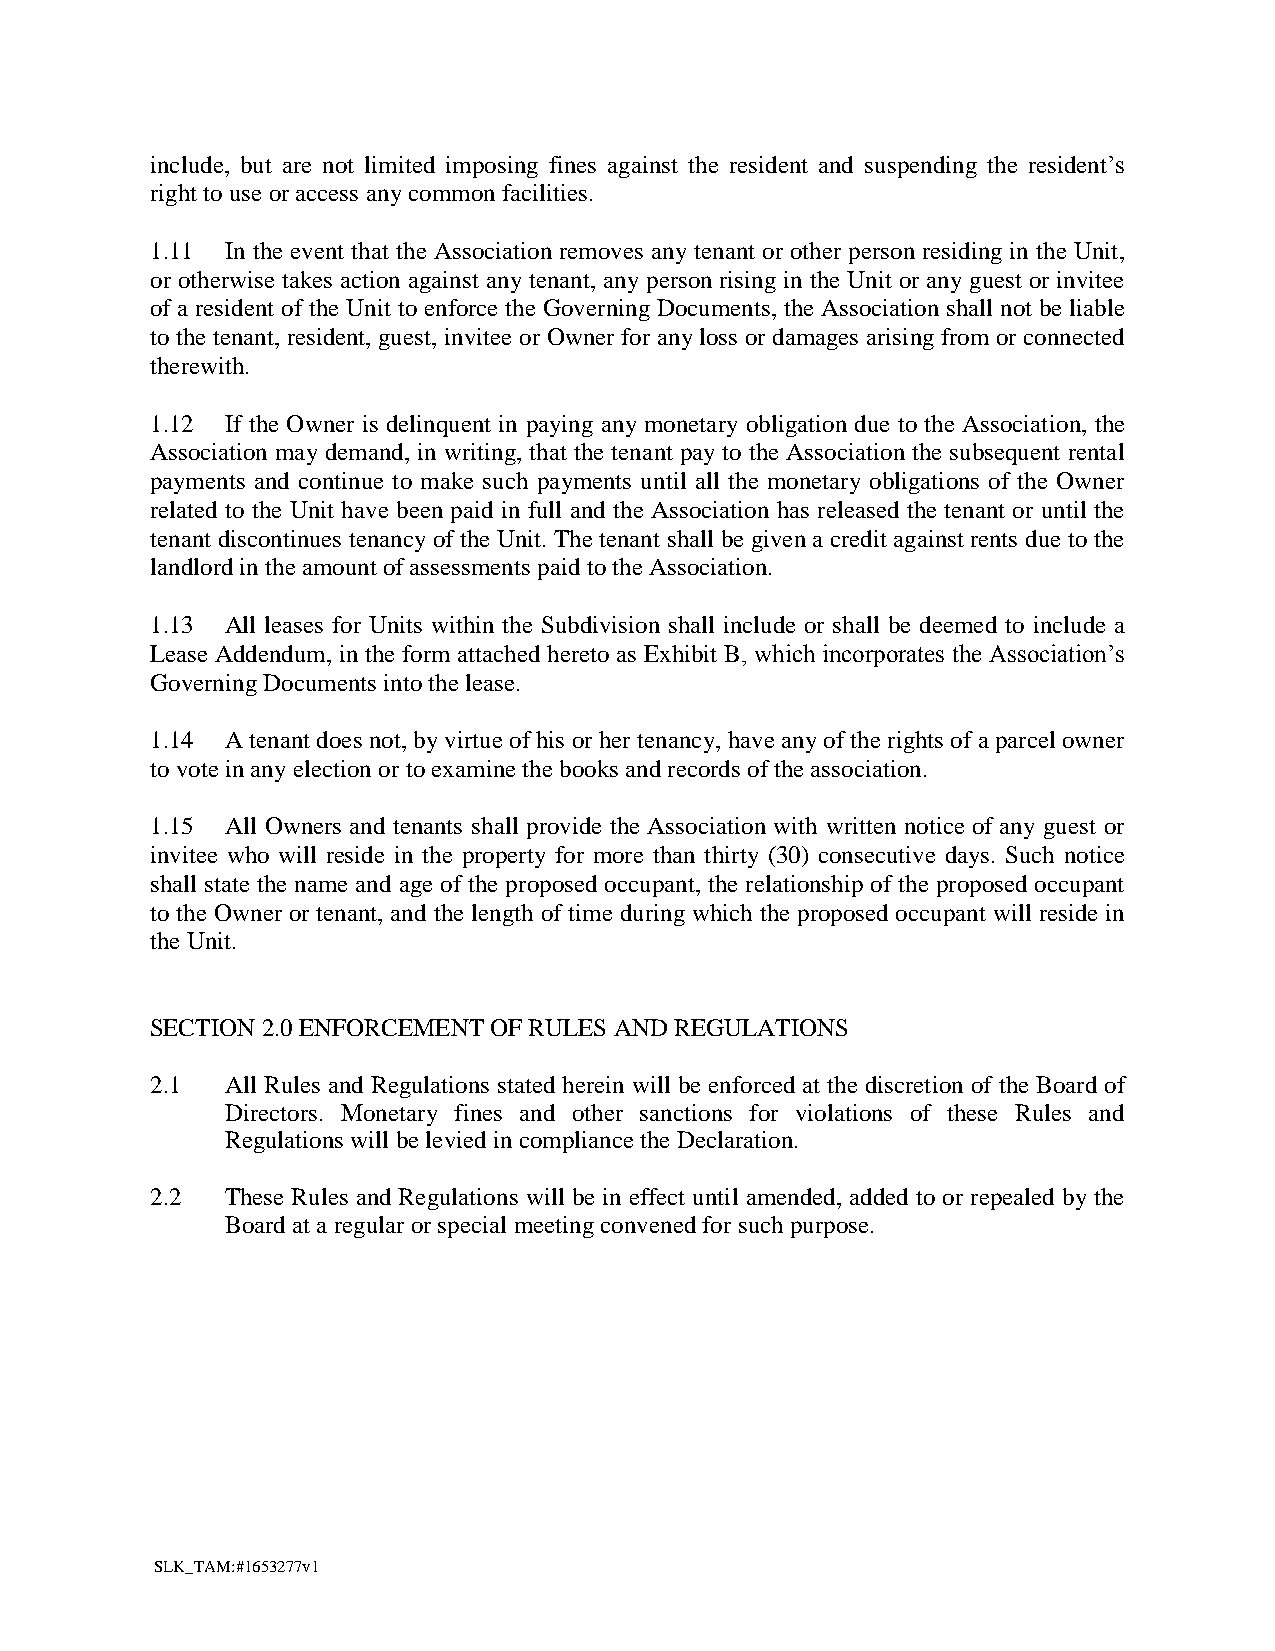
include, but are not limited imposing fines against the resident and suspending the resident’s
 right to use or access any common facilities.
 1.11 In the event that the Association removes any tenant or other person residing in the Unit,
 or otherwise takes action against any tenant, any person rising in the Unit or any guest or invitee
 of a resident of the Unit to enforce the Governing Documents, the Association shall not be liable
 to the tenant, resident, guest, invitee or Owner for any loss or damages arising from or connected
 therewith.
 1.12 If the Owner is delinquent in paying any monetary obligation due to the Association, the
 Association may demand, in writing, that the tenant pay to the Association the subsequent rental
 payments and continue to make such payments until all the monetary obligations of the Owner
 related to the Unit have been paid in full and the Association has released the tenant or until the
 tenant discontinues tenancy of the Unit. The tenant shall be given a credit against rents due to the
 landlord in the amount of assessments paid to the Association.
 1.13 All leases for Units within the Subdivision shall include or shall be deemed to include a
 Lease Addendum, in the form attached hereto as Exhibit B, which incorporates the Association’s
 Governing Documents into the lease.
 1.14 A tenant does not, by virtue of his or her tenancy, have any of the rights of a parcel owner
 to vote in any election or to examine the books and records of the association.
 1.15 All Owners and tenants shall provide the Association with written notice of any guest or
 invitee who will reside in the property for more than thirty (30) consecutive days. Such notice
 shall state the name and age of the proposed occupant, the relationship of the proposed occupant
 to the Owner or tenant, and the length of time during which the proposed occupant will reside in
 the Unit.
 SECTION 2.0 ENFORCEMENT OF RULES AND REGULATIONS
 2.1  All Rules and Regulations stated herein will be enforced at the discretion of the Board of
 Directors. Monetary fines and other sanctions for violations of these Rules and
 Regulations will be levied in compliance the Declaration.
 2.2  These Rules and Regulations will be in effect until amended, added to or repealed by the
 Board at a regular or special meeting convened for such purpose.
 SLK_TAM:#1653277v1